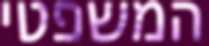
המשפטי